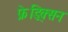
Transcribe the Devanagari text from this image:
फ्रेड्रिक्सन